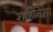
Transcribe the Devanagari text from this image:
शाहनिशा